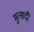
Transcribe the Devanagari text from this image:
मुत्सदी